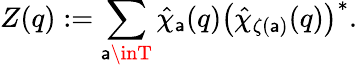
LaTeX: Z(q):=\sum_{\mathsf{a}\inT}\hat{{\chi}}_{\mathsf{a}}(q)\left(\hat{{\chi}}_{\zeta(\mathsf{a})}(q)\right)^{*}.